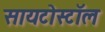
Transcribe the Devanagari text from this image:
सायटोस्टॉल